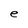
Character: e